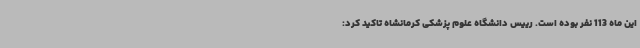
این ماه 113 نفر بوده است. رییس دانشگاه علوم پزشکی کرمانشاه تاکید کرد: